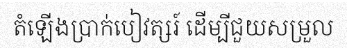
តំឡើងប្រាក់បៀវត្សរ៍ ដើម្បីជួយសម្រួល